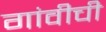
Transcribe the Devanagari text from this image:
गांवीची